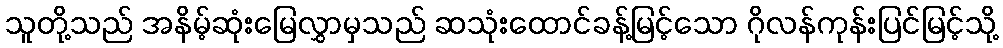
သူတို့သည် အနိမ့်ဆုံးမြေလွှာမှသည် ဆသုံးထောင်ခန့်မြင့်သော ဂိုလန်ကုန်းပြင်မြင့်သို့